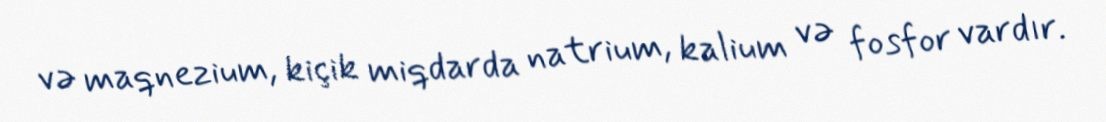
və maqnezium, kiçik miqdarda natrium, kalium və fosfor vardır.